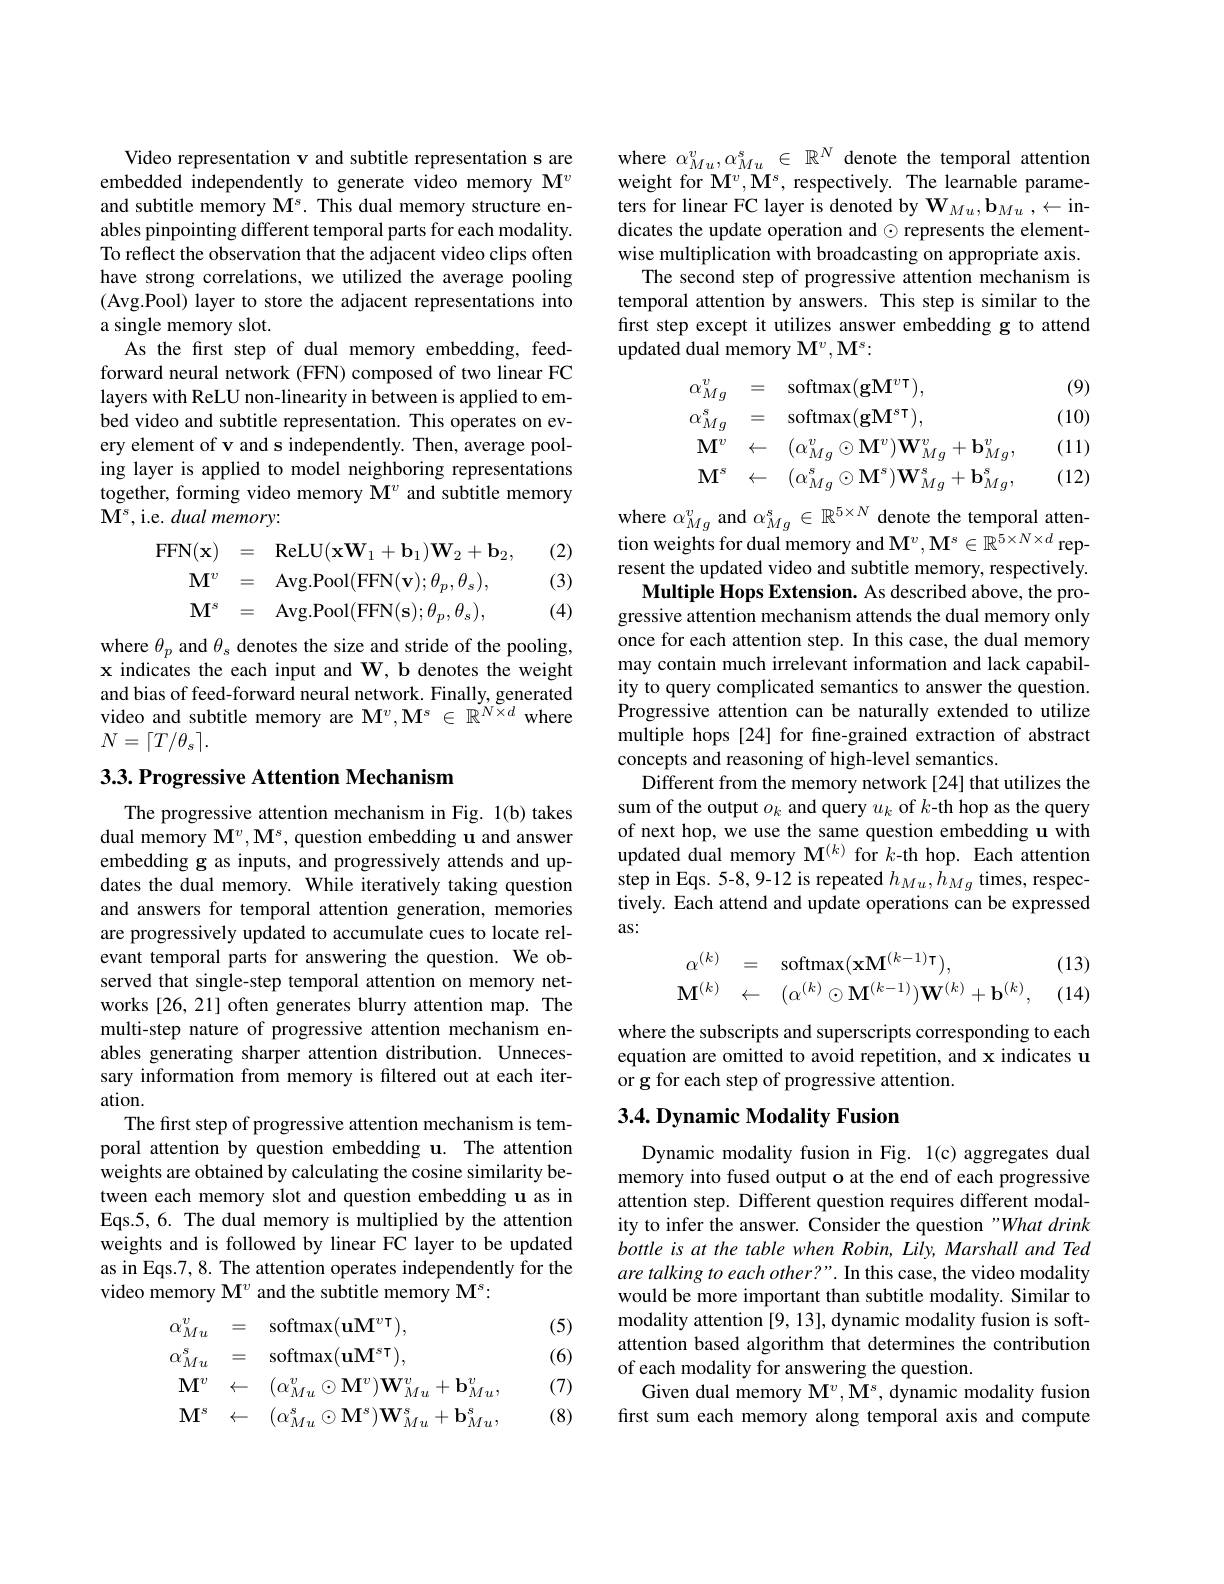
Video representation v and subtitle representation s are embedded independently to generate video memory M$^v$ and subtitle memory $\mathbf{M}^s.$ This dual memory structure enables pinpointing different temporal parts for each modality. To reflect the observation that the adjacent video clips often have strong correlations, we utilized the average pooling (Avg.Pool) layer to store the adjacent representations into a single memory slot.
As the first step of dual memory embedding, feedforward neural network (FFN) composed of two linear FC layers with ReLU non-linearity in between is applied to embed video and subtitle representation. This operates on every element of v and s independently. Then, average pooling layer is applied to model neighboring representations together, forming video memory M$^v$ and subtitle memory ${\tilde{\mathbf{M}}^{s},\mathrm{~i.e.~}dual~memory:}$

(2) (3)
$$\mathrm{FFN}(\mathbf{x})=\quad\mathrm{ReLU}(\mathbf{xW}_{1}+\mathbf{b}_{1})\mathbf{W}_{2}+\mathbf{b}_{2},\\\mathbf{M}^{v}=\quad\mathrm{Avg.Pool}(\mathrm{FFN}(\mathbf{v});\theta_{p},\theta_{s}),\\\mathbf{M}^{s}=\quad\mathrm{Avg.Pool}(\mathrm{FFN}(\mathbf{s});\theta_{p},\theta_{s}),$$
(4)

where $\theta_p$ and $\theta_s$ denotes the size and stride of the pooling, x indicates the each input and W, b denotes the weight and bias of feed-forward neural network. Finally, generated video and subtitle memory are $\mathbf{M}^v,\mathbf{M}^s\in\mathbb{R}^{N\times d}$ where $N=\lceil T/\theta_{s}\rceil.$

$3. 3. \textbf{Progressive Attention Mechanism}$

The progressive attention mechanism in Fig. 1(b) takes dual memory $\mathbf{M}^v,\mathbf{M}^s,\mathbf{q}$uestion embedding u and answer embedding g as inputs, and progressively attends and updates the dual memory. While iteratively taking question and answers for temporal attention generation, memories are progressively updated to accumulate cues to locate relevant temporal parts for answering the question. We observed that single-step temporal attention on memory networks [26, 21] often generates blurry attention map. The multi-step nature of progressive attention mechanism enables generating sharper attention distribution. Unnecessary information from memory is filtered out at each iteration.
The first step of progressive attention mechanism is temporal attention by question embedding u. The attention weights are obtained by calculating the cosine similarity between each memory slot and question embedding u as in Eqs.5, 6. The dual memory is multiplied by the attention weights and is followed by linear FC layer to be updated as in Eqs.7, 8. The attention operates independently for the video memory M$^v$ and the subtitle memory M$^s:$

(5)

(6)
$$\begin{aligned}&\alpha_{Mu}^{v}&&=\quad\mathrm{softmax}(\mathbf{uM}^{v\intercal}),\\&\alpha_{Mu}^{s}&&=\quad\mathrm{softmax}(\mathbf{uM}^{s\intercal}),\\&\mathbf{M}^{v}&&\leftarrow\quad(\alpha_{Mu}^{v}\odot\mathbf{M}^{v})\mathbf{W}_{Mu}^{v}+\mathbf{b}_{Mu}^{v},\\&\mathbf{M}^{s}&&\leftarrow\quad(\alpha_{Mu}^{s}\odot\mathbf{M}^{s})\mathbf{W}_{Mu}^{s}+\mathbf{b}_{Mu}^{s},\end{aligned}$$
(7)

(8)

where $\alpha_{Mu}^{v},\alpha_{Mu}^{s}\in\mathbb{R}^{N}$ denote the temporal attention weight for M$^v,\mathbf{M}^s$, respectively. The learnable parameters for linear FC layer is denoted by $\mathbf{W}_{Mu},\mathbf{b}_{Mu},\leftarrow$indicates the update operation and $\odot$ represents the elementwise multiplication with broadcasting on appropriate axis.
The second step of progressive attention mechanism is temporal attention by answers. This step is similar to the first step except it utilizes answer embedding g to attend updated dual memory M$^v,\mathbf{M}^s:$
$$\begin{aligned}&\alpha_{Mg}^{v}&&=\quad\mathrm{softmax}(\mathbf{gM}^{v\intercal}),\\&\alpha_{Mg}^{s}&&=\quad\mathrm{softmax}(\mathbf{gM}^{s\intercal}),\\&\mathbf{M}^{v}&&\leftarrow\quad(\alpha_{Mg}^{v}\odot\mathbf{M}^{v})\mathbf{W}_{Mg}^{v}+\mathbf{b}_{Mg}^{v},\\&\mathbf{M}^{s}&&\leftarrow\quad(\alpha_{Mg}^{s}\odot\mathbf{M}^{s})\mathbf{W}_{Mg}^{s}+\mathbf{b}_{Mg}^{s},\\\end{aligned}$$
(9) (10) (11) (12)

where $\alpha _{Mg}^{v}$ and $\alpha _{Mg}^{s}\in \mathbb{R} ^{5\times N}$ denote the temporal atten- $\text{tion weights for dual memory and M}^{v}, \mathbf{M} ^{s}\in \mathbb{R} ^{5\times N\times d}$ represent the updated video and subtitle memory, respectively.
Multiple Hops Extension. As described above, the progressive attention mechanism attends the dual memory only once for each attention step. In this case, the dual memory may contain much irrelevant information and lack capability to query complicated semantics to answer the question. Progressive attention can be naturally extended to utilize multiple hops [24] for fne-grained extraction of abstract concepts and reasoning of high-level semantics.
Different from the memory network[24] that utilizes the sum of the output $o_k$ and query $u_k$ of $k$-th hop as the query of next hop, we use the same question embedding u with updated dual memory $\mathbf{M}^{(k)}$ for $k$-th hop. Each attention step in Eqs. 5-8, 9-12 is repeated $h_{Mu},h_{Mg}$ times, respectively. Each attend and update operations can be expressed as:
$$\begin{array}{rcl}\alpha^{(k)}&=&\mathrm{softmax}(\mathbf{xM}^{(k-1)\intercal}),\\\mathbf{M}^{(k)}&\leftarrow&(\alpha^{(k)}\odot\mathbf{M}^{(k-1)})\mathbf{W}^{(k)}+\mathbf{b}^{(k)},\end{array}$$
(13)

(14)

where the subscripts and superscripts corresponding to each equation are omitted to avoid repetition, and x indicates u or g for each step of progressive attention.

## $3. 4. \textbf{Dynamic Modality Fusion}$

Dynamic modality fusion in Fig. 1(c) aggregates dual memory into fused output o at the end of each progressive attention step. Different question requires different modality to infer the answer. Consider the question "What drink bottle is at the table when Robin, Lily, Marshall and Ted are talking to each other?". In this case, the video modality would be more important than subtitle modality. Similar to modality attention [9, 13], dynamic modality fusion is softattention based algorithm that determines the contribution of each modality for answering the question.
Given dual memory $\mathbf{M}^v,\mathbf{M}^s$, dynamic modality fusion first sum each memory along temporal axis and compute